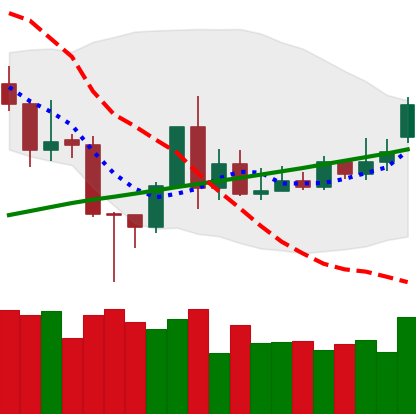
Ticker: TRX-USD
Chart end date: 2020-11-17
Forward return: 8.429%
Label: up_7plus